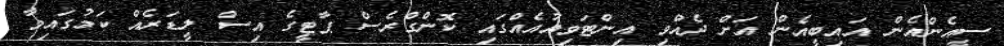
ސީއެންއެން އައިބީއެން އަށް ދެއްވި އިންޓަވިއުއެއްގައި ކޮންގްރެސް ޕާޓީގެ އިސް ލީޑަރެއް ކަމުގައިވާ